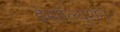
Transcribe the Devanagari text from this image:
डेसोल्युशन